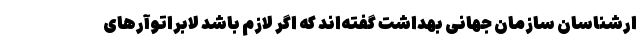
ارشناسان سازمان جهانی بهداشت گفته‌اند که اگر لازم باشد لابراتوآر‌های